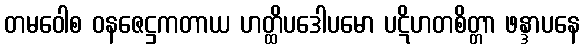
တမဝေါစ ဝနဇေဋ္ဌကတာယ ဟတ္ထိပဒေါပမော ပဋိဟတစိတ္တာ ဖန္ဒာပနေ